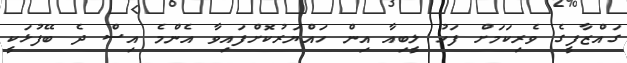
ގައްޒާފީގެ ވެރިކަމަށް ފަހު ލީބިއާ އިން ހައްޔަރުކޮށްފައިވާ އެންމެ އިސް ދެ ބޭފުޅަކީ